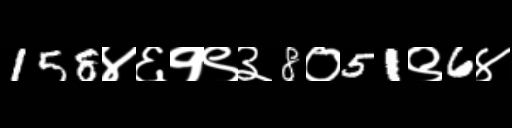
Text: 158४६१९३8०51९6४